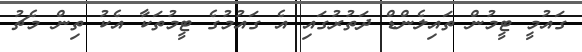
ގައުމީ ޓީމުން ތައިލެންޑް ދަތުރުގައި އެ ގައުމުގެ ޓީމުތަކާ އެކު ތިން މެޗު